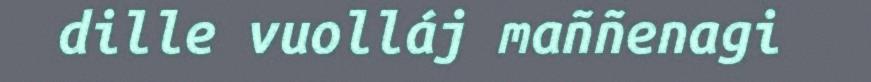
dille vuolláj maññenagi